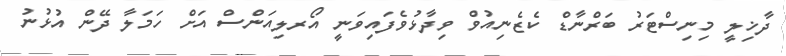
ދާޚިލީ މިނިސްޓަރު ބަރްނާޑް ކެޒެނިއުވް ވިދާޅުވެފައިވަނީ އޯރލިއަންސް އަށް ހަމަލާ ދޭން އުޅުނު